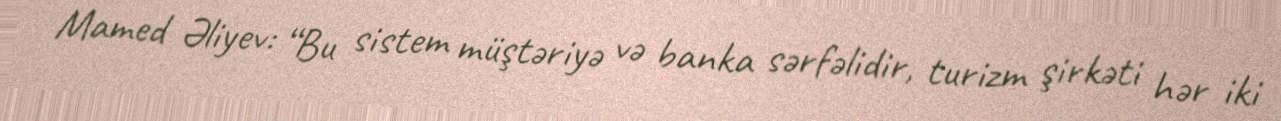
Mamed Əliyev: “Bu sistem müştəriyə və banka sərfəlidir, turizm şirkəti hər iki